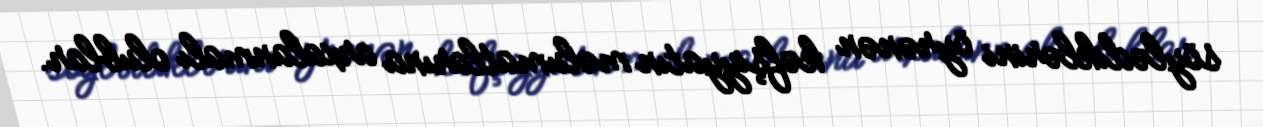
söylədiklərini öyrənən kəfşiyyatın məlumatlarına arxalanmalı olublar.